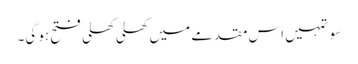
سو تمہیں اس مقدمے میں کھلی کھلی فتح ہو گی۔